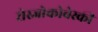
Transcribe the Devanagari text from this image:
रोस्‍जोकोवेस्‍की